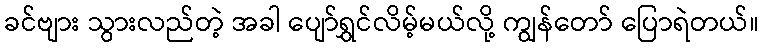
ခင်ဗျား သွားလည်တဲ့ အခါ ပျော်ရွှင်လိမ့်မယ်လို့ ကျွန်တော် ပြောရဲတယ်။